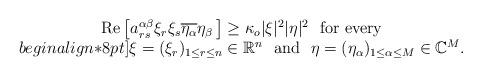
LaTeX: \begin{align*}\begin{array}{c}{\rm Re}\,\bigl[a^{\alpha\beta}_{rs}\xi_r\xi_s\overline{\eta_\alpha}\eta_\beta\,\bigr]\geq\kappa_o|\xi|^2|\eta|^2\,\,\mbox{ for every}\\begin{align*}8pt]\xi=(\xi_r)_{1\leq r\leq n}\in{\mathbb{R}}^n\,\,\mbox{ and }\,\,\eta=(\eta_\alpha)_{1\leq\alpha\leq M}\in{\mathbb{C}}^M.\end{array}\end{align*}